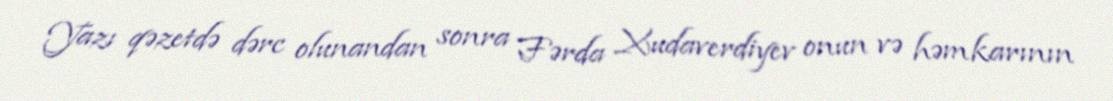
Yazı qəzetdə dərc olunandan sonra Fərda Xudaverdiyev onun və həmkarının